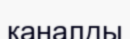
каналды